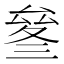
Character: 𠬄